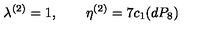
\lambda ^ { ( 2 ) } = 1 , \qquad \eta ^ { ( 2 ) } = 7 c _ { 1 } ( d P _ { 8 } )